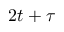
2 t + \tau